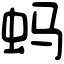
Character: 蚂